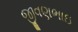
જીવણભાઇ